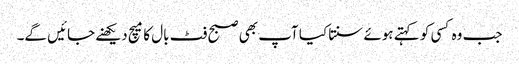
جب وہ کسی کو کہتے ہوئے سنتا کیا آپ بھی صبح فٹ بال کا میچ دیکھنے جائیں گے۔